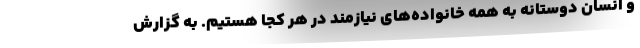
و انسان دوستانه به همه خانواده‌های نیازمند در هر کجا هستیم. به گزارش